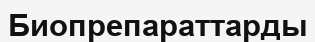
Биопрепараттарды